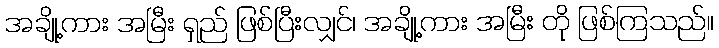
အချို့ကား အမြီး ရှည် ဖြစ်ပြီးလျှင်၊ အချို့ကား အမြီး တို ဖြစ်ကြသည်။